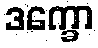
ဒက္ခော